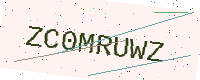
Text: ZC0MRUWZ